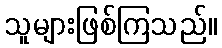
သူများဖြစ်ကြသည်။